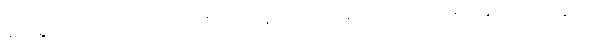
မိုးက ရွာလိုက်၊ တိတ်လိုက်၊ လေတိုက်လိုက်နဲ့ တော်တော်လေးကြာတော့ ခေါင်းတွဲက အော်ပြန်တယ်။